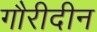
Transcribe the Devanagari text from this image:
गौरीदीन